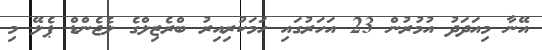
އޭނާ މިއަދަދު އުމުރުން 23 އަހަރުގައި ހަމަކުރިއިރު ބްރެޒިލްގެ ލެޖެންޑް ޕެލޭ މި